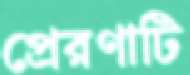
প্রেরণাটি